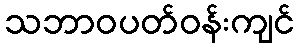
သဘာဝပတ်ဝန်းကျင်